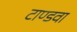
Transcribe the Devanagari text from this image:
टाण्डवा